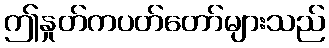
ဤနှုတ်ကပတ်တော်များသည်